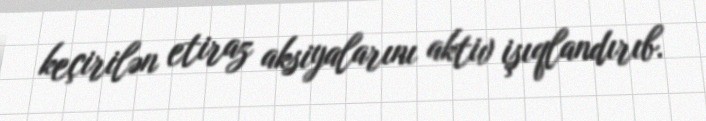
keçirilən etiraz aksiyalarını aktiv işıqlandırıb.